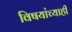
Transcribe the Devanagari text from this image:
विषयांच्याही